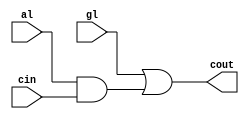
module dot(cout,gl,al,cin);

input gl,al,cin;
output cout;
assign cout=gl|(al&cin);

endmodule